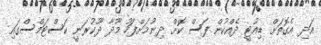
އަދި އެގޮތަށް ޑިއުޓީ ދެއްކުން ފަސް ކޮށް ދިނުމަށްފަހު މޫދާ ދޫކުރަނީ ކަސްޓަމްސްގައި